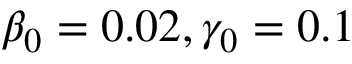
\beta _ { 0 } = 0 . 0 2 , \gamma _ { 0 } = 0 . 1